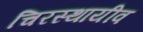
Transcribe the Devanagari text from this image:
चिरस्थायीव